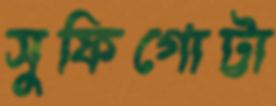
সুফিগোট্টা